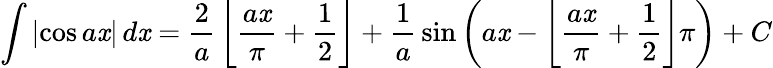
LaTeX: \int\left|\cos{a\mathit{x}}\right|\, d\mathit{x}={\frac{{2}}{{a}}}\left\lfloor{\frac{{a\mathit{x}}}{{\pi}}}+{\frac{{1}}{{2}}}\right\rfloor+{\frac{{1}}{{a}}}\sin{\left(a\mathit{x}-\left\lfloor{\frac{{a\mathit{x}}}{{\pi}}}+{\frac{{1}}{{2}}}\right\rfloor\pi\right)}+C